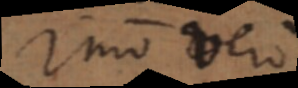
Imo vero